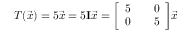
T ( { \vec { x } } ) = 5 { \vec { x } } = 5 \mathbf { I } { \vec { x } } = { \left[ \begin{array} { l l l } { 5 } & { } & { 0 } \\ { 0 } & { } & { 5 } \end{array} \right] } { \vec { x } }